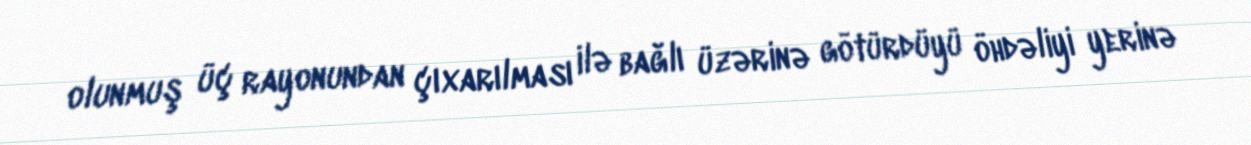
olunmuş üç rayonundan çıxarılması ilə bağlı üzərinə götürdüyü öhdəliyi yerinə